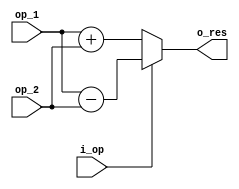
`timescale 10ns / 10ns

module alu   #(
    parameter   E_BITS      =   16
)
(
    input   wire                    i_op    ,   //  Bits que seleccionan la suma o la resta
    input   wire    [E_BITS-1:0]    op_1    ,   //  Entrada que proviene del acumulador
    input   wire    [E_BITS-1:0]    op_2    ,   //  Entrada que proviene del Selector B
    output  reg     [E_BITS-1:0]    o_res
);

always @(*)
    begin
        if  (i_op)
            o_res   <=  op_1    -   op_2    ;
        else
            o_res   <=  op_1    +   op_2    ;
    end
endmodule